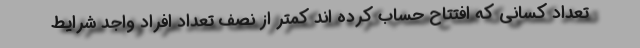
تعداد کسانی که افتتاح حساب کرده اند کمتر از نصف تعداد افراد واجد شرایط